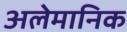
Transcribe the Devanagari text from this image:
अलेमानिक